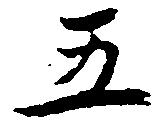
五